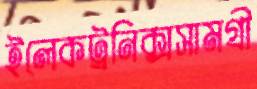
ইলেকট্রনিক্সসামগ্রী